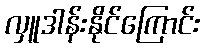
လှူဒါန်းနိုင်ကြောင်း